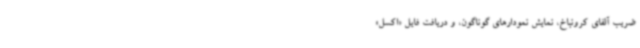
ضریب آلفای کرونباخ، نمایش نمودارهای گوناگون، و دریافت فایل «اکسل»